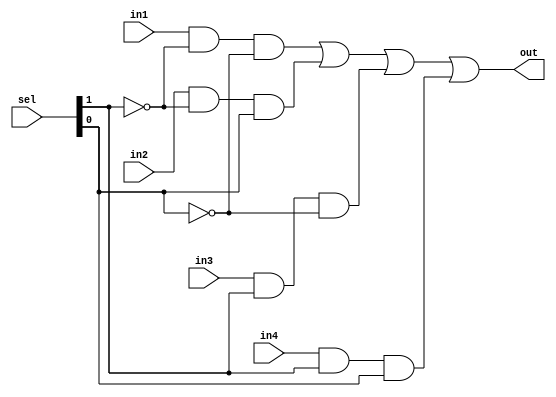
module mux4to1(out ,sel, in1, in2, in3, in4);
	input in1, in2, in3, in4;
	input [1:0] sel;
	output out;
	wire n1,n2,a1,a2,a3,a4;
	not n(n1,sel[1]);
	not nn(n2,sel[0]);
	and (a1,in1,n1,n2);
	and (a2,in2,n1,sel[0]);
	and (a3,in3,sel[1],n2);
	and (a4,in4,sel[1],sel[0]);
	or or1(out,a1,a2,a3, a4);
endmodule